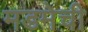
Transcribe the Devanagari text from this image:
मडमेची